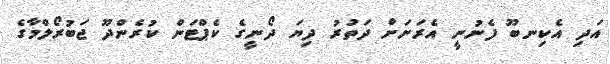
އަދި އެކިނބޫ ފެނުނީ އެރަށަށް ދަތުރު ދިޔަ ދޯނީގެ ކެޕްޓަން ކުރެންދޫ ޖަބުރޯލްމާގެ